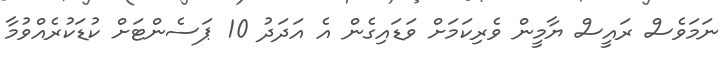
ނަމަވެސް ރައީސް ޔާމީން ވެރިކަމަށް ވަޑައިގެން އެ އަދަދު 10 ޕަސެންޓަށް ކުޑަކުރެއްވުމާ